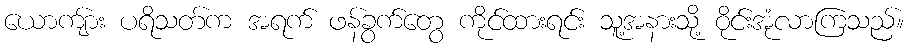
ယောကျ်ား ပရိသတ်က အရက် ဖန်ခွက်တွေ ကိုင်ထားရင်း သူ့အနားသို့ ဝိုင်းအုံလာကြသည်။